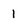
Character: 1